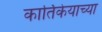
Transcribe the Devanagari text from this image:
कार्तिकेयाच्या